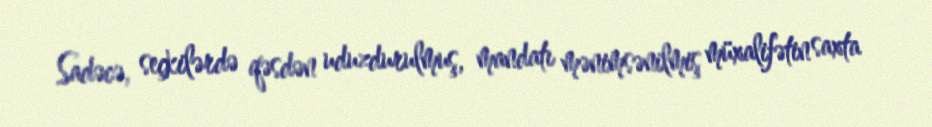
Sadəcə, seçkilərdə qəsdən uduzdurulmuş, mandatı mənimsənilmiş müxalifətin saxta